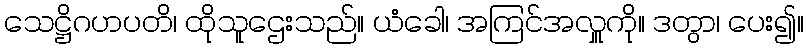
သေဋ္ဌိဂဟပတိ၊ ထိုသူဌေးသည်။ ယံခေါ၊ အကြင်အလှူကို။ ဒတွာ၊ ပေး၍။